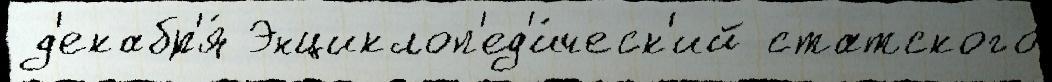
 д'екабр'я́ Энциклоп'ед'и́ческ'ий статского